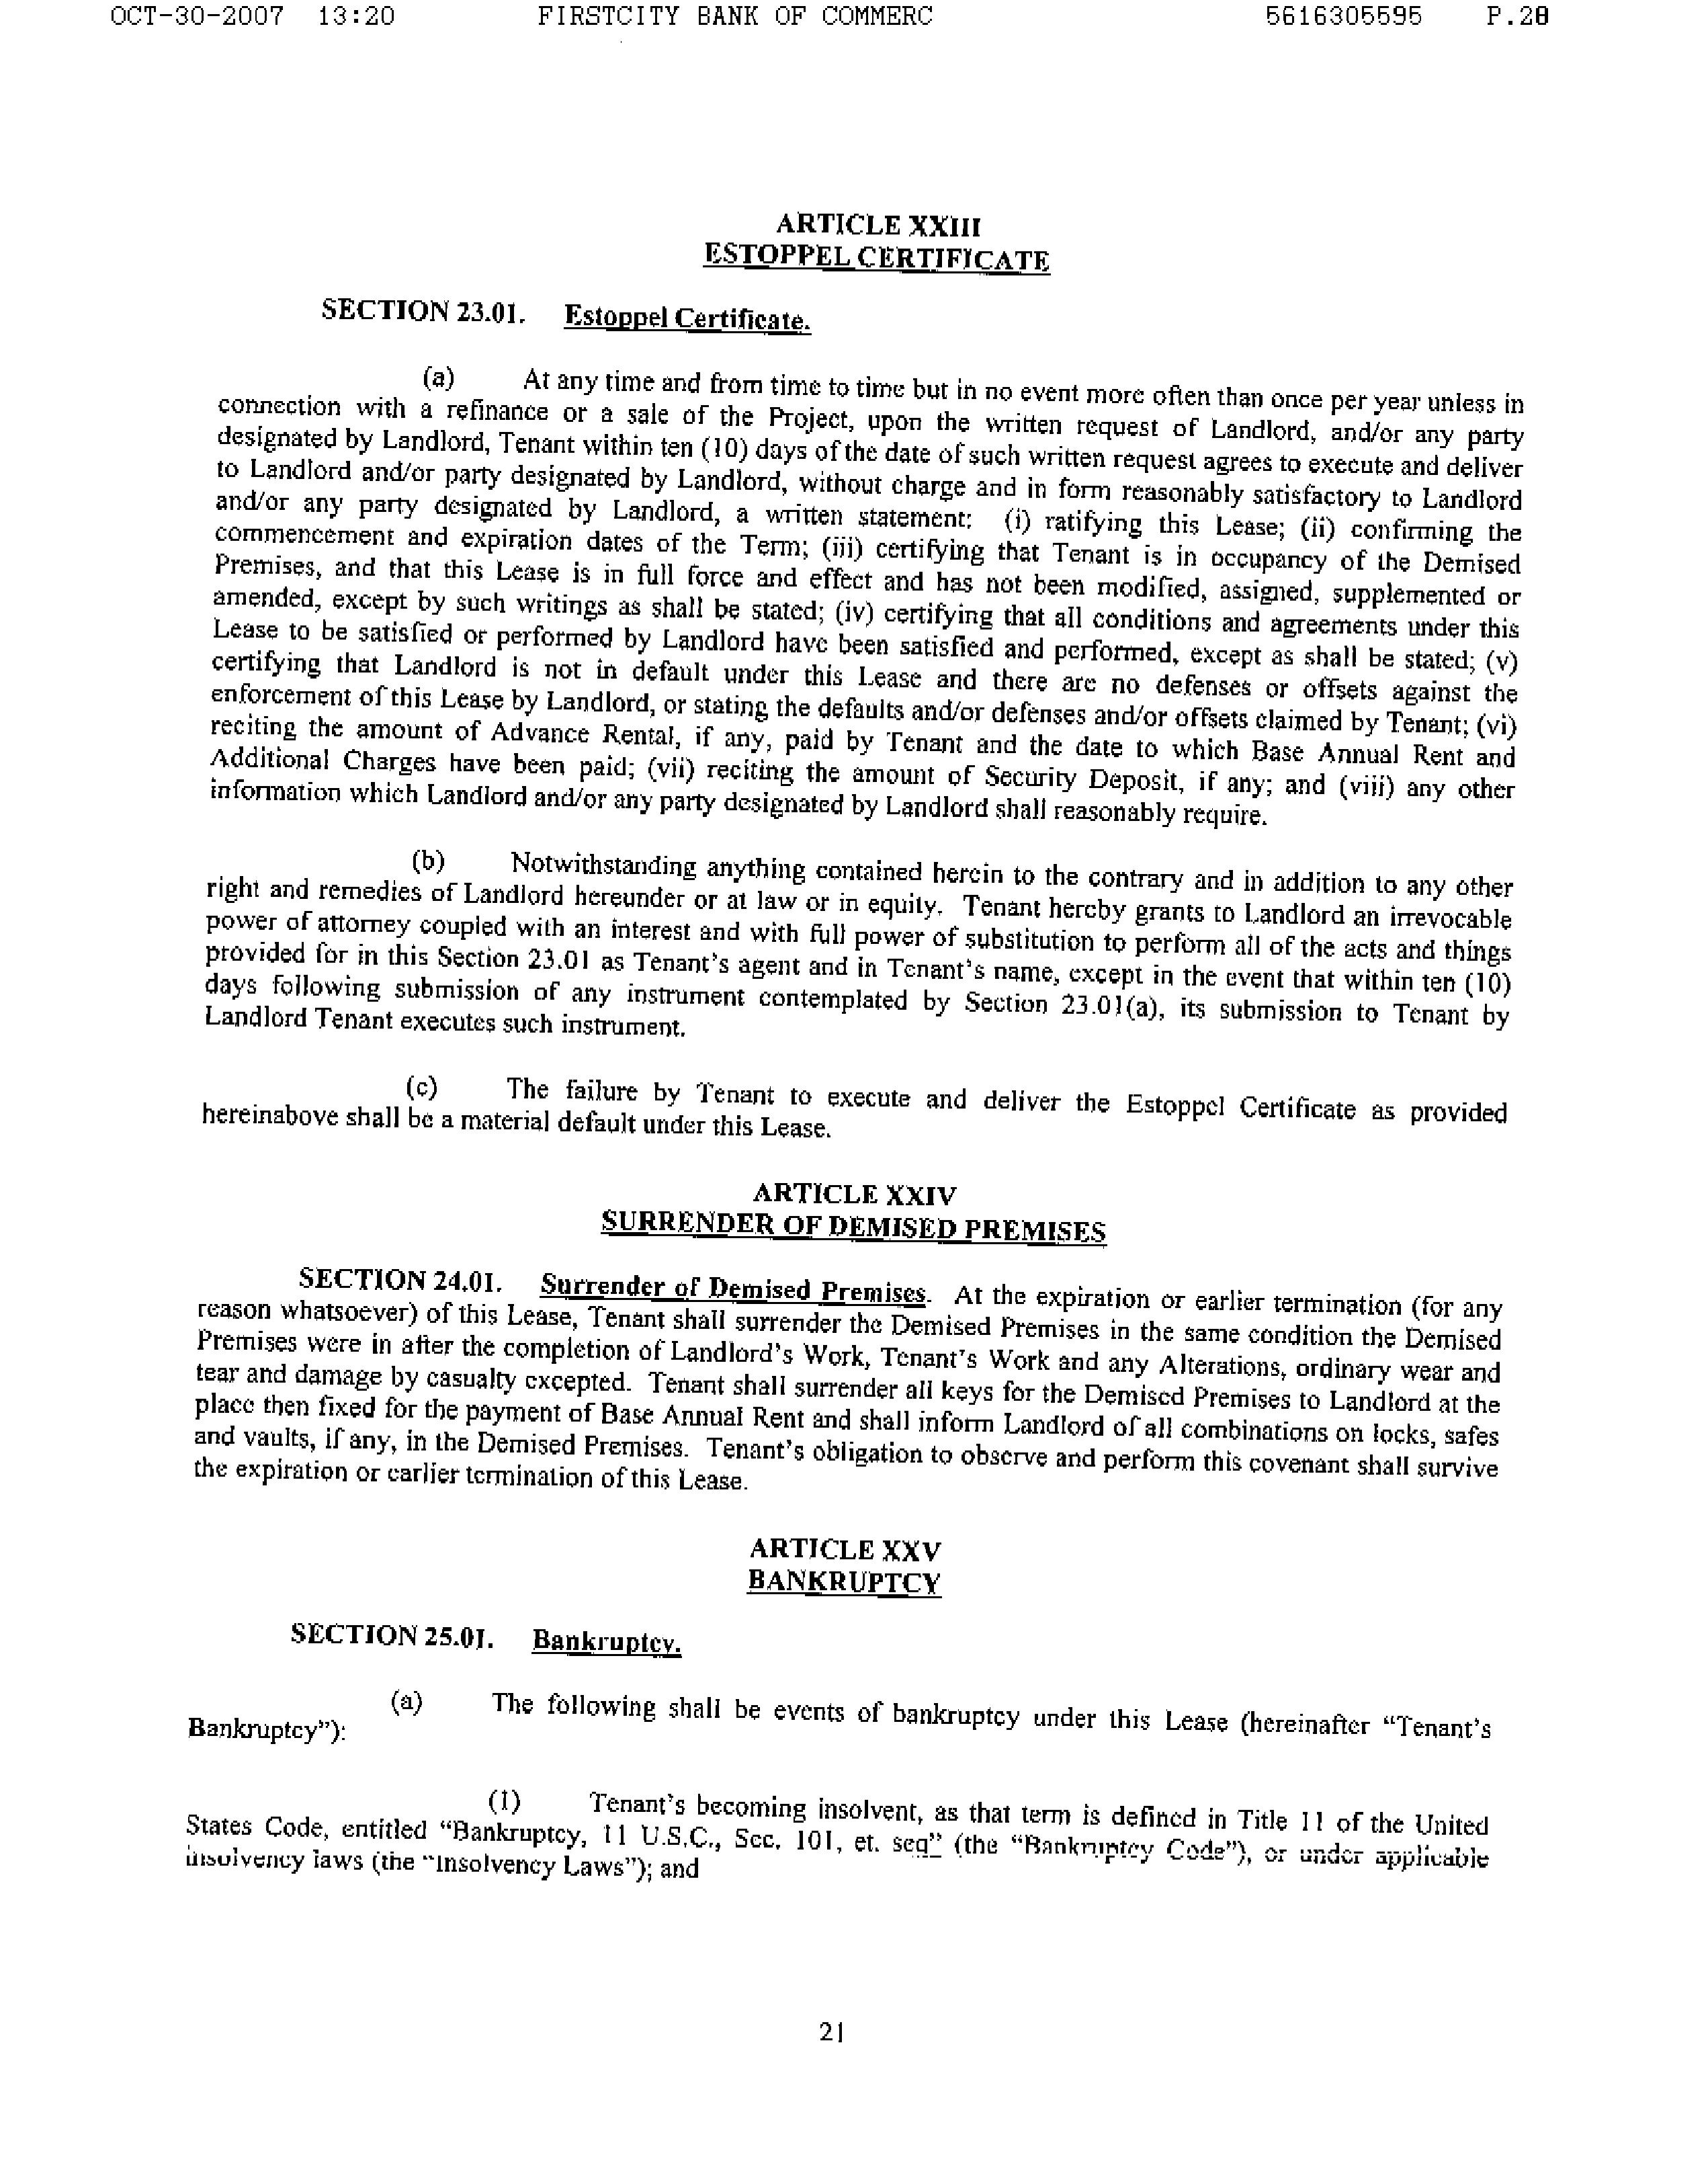
OCT-30-2007   13:20        FIRSTCITY BANK OF COMMERC                      5616305595      P.28

                                                  ARTICLE XXIII
                                            ESTOPPEL CERTIFICATE

                    SECTION 23.01.      Estoppel Certificate.

                    (a)      At any time and from time to time but in no event more often than once per year unless in
connection with a refinancing or a sale of the Project, upon the written request of Landlord, and/or any party
designated by Landlord, Tenant within ten (10) days of the date of such written request agrees to execute and deliver
to Landlord and/or any party designated by Landlord, without charge and in form reasonably satisfactory to Landlord
and/or any party designated by Landlord, a written statement: (i) ratifying this Lease; (ii) confirming the
commencement and expiration dates of the Term; (iii) certifying that Tenant is in occupancy of the Demised
Premises, and that this Lease is in full force and effect and has not been modified, assigned, supplemented or
amended, except by such writings as shall be stated; (iv) certifying that all conditions and agreements under this
Lease to be satisfied or performed by Landlord have been satisfied and performed, except as shall be stated; (v)
certifying that Landlord is not in default under this Lease and there are no defenses or offsets against the
enforcement of this Lease by Landlord, or stating the defaults and/or defenses and/or offsets claimed by Tenant; (vi)
reciting the amount of Advance Rental, if any, paid by Tenant and the date to which Base Annual Rent and
Additional Charges have been paid; (vii) reciting the amount of Security Deposit, if any; and (viii) any other
information which Landlord and/or any party designated by Landlord shall reasonably require.

                    (b)      Notwithstanding anything contained herein to the contrary and in addition to any other
right and remedies of Landlord hereunder or at law or in equity, Tenant hereby grants to Landlord an irrevocable
power of attorney coupled with an interest and with full power of substitution to perform all of the acts and things
provided for in this Section 23.01 as Tenant’s agent and in Tenant’s name, except in the event that within ten (10)
days following submission of any instrument contemplated by Section 23.01(a), its submission to Tenant by
Landlord Tenant executes such instrument.

                    (c)      The failure by Tenant to execute and deliver the Estoppel Certificate as provided
hereinabove shall be a material default under this Lease.

                                                  ARTICLE XXIV
                                       SURRENDER OF DEMISED PREMISES

                    SECTION 24.01.      Surrender of Demised Premises.   At the expiration or earlier termination (for any
reason whatsoever) of this Lease, Tenant shall surrender the Demised Premises in the same condition the Demised
Premises were in after the completion of Landlord’s Work, Tenant’s Work and any Alterations, ordinary wear and
tear and damage by casualty excepted. Tenant shall surrender all keys for the Demised Premises to Landlord at the
place then fixed for the payment of Base Annual Rent and shall inform Landlord of all combinations on locks, safes
and vaults, if any, in the Demised Premises. Tenant’s obligation to observe and perform this covenant shall survive
the expiration or earlier termination of this Lease.

                                                  ARTICLE XXV
                                                  BANKRUPTCY

                    SECTION 25.01.      Bankruptcy.

                    (a)      The following shall be events of bankruptcy under this Lease (hereinafter “Tenant’s
Bankruptcy”):

                    (1)      Tenant’s becoming insolvent, as that term is defined in Title 11 of the United
States Code, entitled “Bankruptcy, 11 U.S.C., Sec. 101, et. seq.” (the “Bankruptcy Code”), or under applicable
insolvency laws (the “Insolvency Laws”); and

21